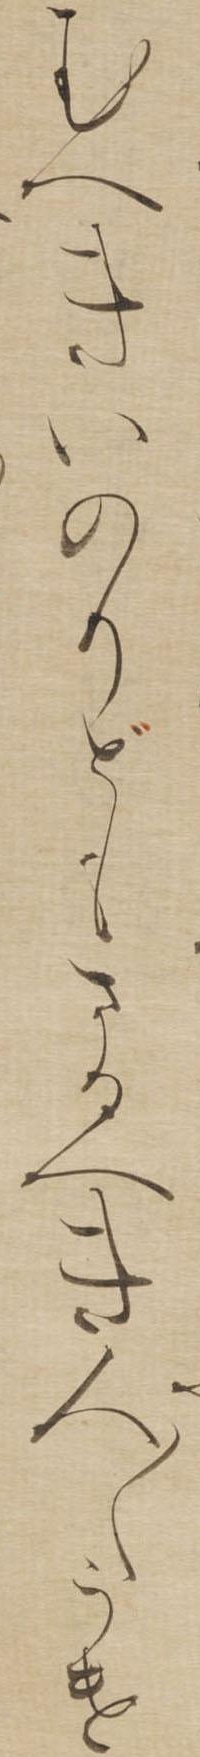
むへきいのりどもさるへき人〱うけ